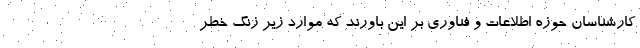
کارشناسان حوزه اطلاعات و فناوری بر این باورند که موارد زیر زنگ خطر